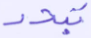
تبدد